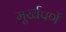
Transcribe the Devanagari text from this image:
मूर्खपणें